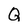
Character: Q